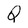
Character: Q